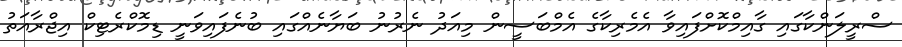
ސްރީލަންކާގައި ގާއިމްކޮށްފައިވާ އެމެރިކާގެ އެމްބަސީން މިއަދު ނެރުނު ބަޔާނެއްގައި ބުނެފައިވަނީ ޑިމޮކްރެޓިކް އިޖްރާއަތު